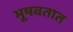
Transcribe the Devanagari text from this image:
भूषवतात